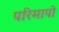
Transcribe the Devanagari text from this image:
परिमापो